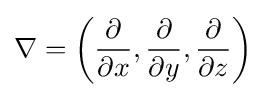
\nabla =\left({\partial  \over \partial x},{\partial  \over \partial y},{\partial  \over \partial z}\right)